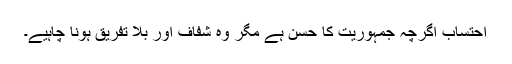
احتساب اگرچہ جمہوریت کا حسن ہے مگر وہ شفاف اور بلا تفریق ہونا چاہیے۔